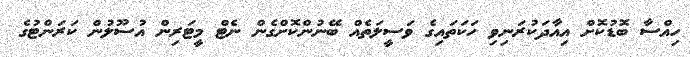
ހިއްސާ ބޮޑުކޮށް އިއާދަކުރަނިވި ހަކަތައިގެ ވަސީލަތެއް ބޭނުންކޮށްގެން ނެޓް މީޓަރިން އުސޫލުން ކަރަންޓުގެ